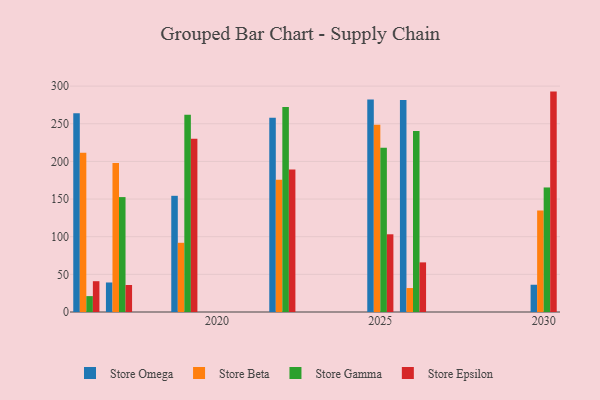
{"axis": {"x": "Year", "y": "Budget (USD K)"}, "legend": ["Store Beta", "Store Epsilon", "Store Gamma", "Store Omega"], "data": [{"x": "2025", "y": 282.1, "type": "Store Omega"}, {"x": "2025", "y": 248.7, "type": "Store Beta"}, {"x": "2025", "y": 218.1, "type": "Store Gamma"}, {"x": "2025", "y": 103.2, "type": "Store Epsilon"}, {"x": "2019", "y": 154.3, "type": "Store Omega"}, {"x": "2019", "y": 91.9, "type": "Store Beta"}, {"x": "2019", "y": 262.1, "type": "Store Gamma"}, {"x": "2019", "y": 230.2, "type": "Store Epsilon"}, {"x": "2026", "y": 281.6, "type": "Store Omega"}, {"x": "2026", "y": 31.8, "type": "Store Beta"}, {"x": "2026", "y": 240.3, "type": "Store Gamma"}, {"x": "2026", "y": 65.9, "type": "Store Epsilon"}, {"x": "2022", "y": 258.1, "type": "Store Omega"}, {"x": "2022", "y": 175.7, "type": "Store Beta"}, {"x": "2022", "y": 272.3, "type": "Store Gamma"}, {"x": "2022", "y": 189.3, "type": "Store Epsilon"}, {"x": "2017", "y": 39.2, "type": "Store Omega"}, {"x": "2017", "y": 197.9, "type": "Store Beta"}, {"x": "2017", "y": 152.6, "type": "Store Gamma"}, {"x": "2017", "y": 35.9, "type": "Store Epsilon"}, {"x": "2016", "y": 264.0, "type": "Store Omega"}, {"x": "2016", "y": 211.4, "type": "Store Beta"}, {"x": "2016", "y": 21.1, "type": "Store Gamma"}, {"x": "2016", "y": 40.9, "type": "Store Epsilon"}, {"x": "2030", "y": 36.2, "type": "Store Omega"}, {"x": "2030", "y": 134.8, "type": "Store Beta"}, {"x": "2030", "y": 165.4, "type": "Store Gamma"}, {"x": "2030", "y": 292.7, "type": "Store Epsilon"}]}